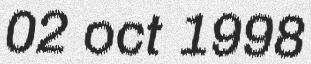
02 oct 1998